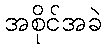
အစိုင်အခဲ